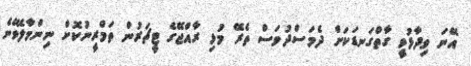
އޭނަ ވިދާޅުވީ ގާތްގަނޑަކަށް ދެމަސްދުވަސް ތެރޭ މުޅި ރާއްޖޭގެ ޓީޗަރުން ތަމްރީނުކޮށް ނިންމާލެވޭނެ